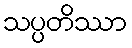
သပ္ပတိဿာ